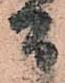
間